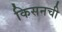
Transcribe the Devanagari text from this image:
किसनची